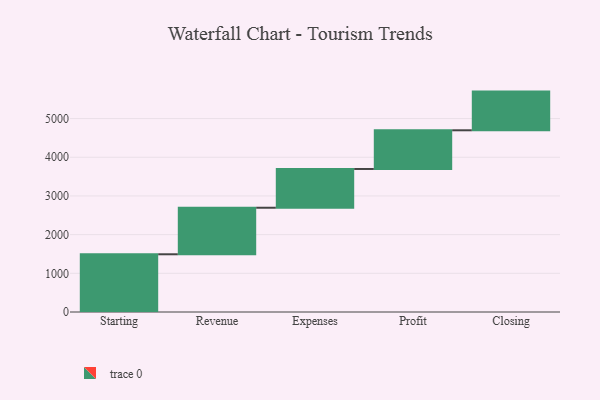
{"axis": {"x": "Step", "y": "Value"}, "legend": [""], "data": [{"x": "Starting", "y": 1492.0, "type": ""}, {"x": "Revenue", "y": 1203.0, "type": ""}, {"x": "Expenses", "y": 1002.0, "type": ""}, {"x": "Profit", "y": 1000, "type": ""}, {"x": "Closing", "y": 1000, "type": ""}]}